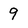
Character: 9